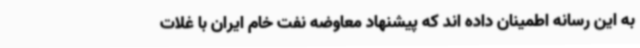
به این رسانه اطمینان داده اند که پیشنهاد معاوضه نفت خام ایران با غلات